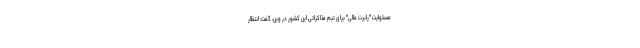
مسئولیت "رابرت مالی" برای تیم مذاکراتی این کشور در وین، گفت: انتظار